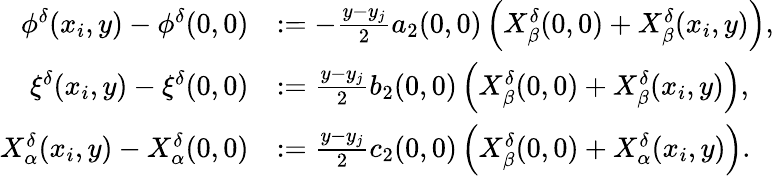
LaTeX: \begin{array}{rl}{\phi^{\delta}(x_{i},y)-\phi^{\delta}(0,0)}&{:=-\textstyle\frac{y-y_{j}}{2}a_{2}(0,0)\left(X_{\beta}^{\delta}(0,0)+X_{\beta}^{\delta}(x_{i},y)\right),}\\ {\xi^{\delta}(x_{i},y)-\xi^{\delta}(0,0)}&{:=\textstyle\frac{y-y_{j}}{2}b_{2}(0,0)\left(X_{\beta}^{\delta}(0,0)+X_{\beta}^{\delta}(x_{i},y)\right),}\\ {X_{\alpha}^{\delta}(x_{i},y)-X_{\alpha}^{\delta}(0,0)}&{:=\textstyle\frac{y-y_{j}}{2}c_{2}(0,0)\left(X_{\beta}^{\delta}(0,0)+X_{\alpha}^{\delta}(x_{i},y)\right).}\end{array}